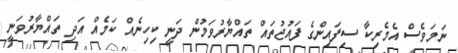
ނަމަވެސް އެމެރިކާ ސިފައިންގެ ފައުޖުތައް ތައްޔާރުވަމުން ދަނީ ކިހިނެއް ކަމެއް އަދި ތައްޔާރުވަނީ